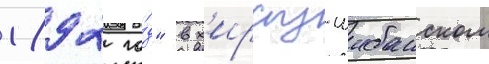
1892 го́д" в х'ирсыз-шибанском